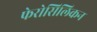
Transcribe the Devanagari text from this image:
फेरोसिलिकन